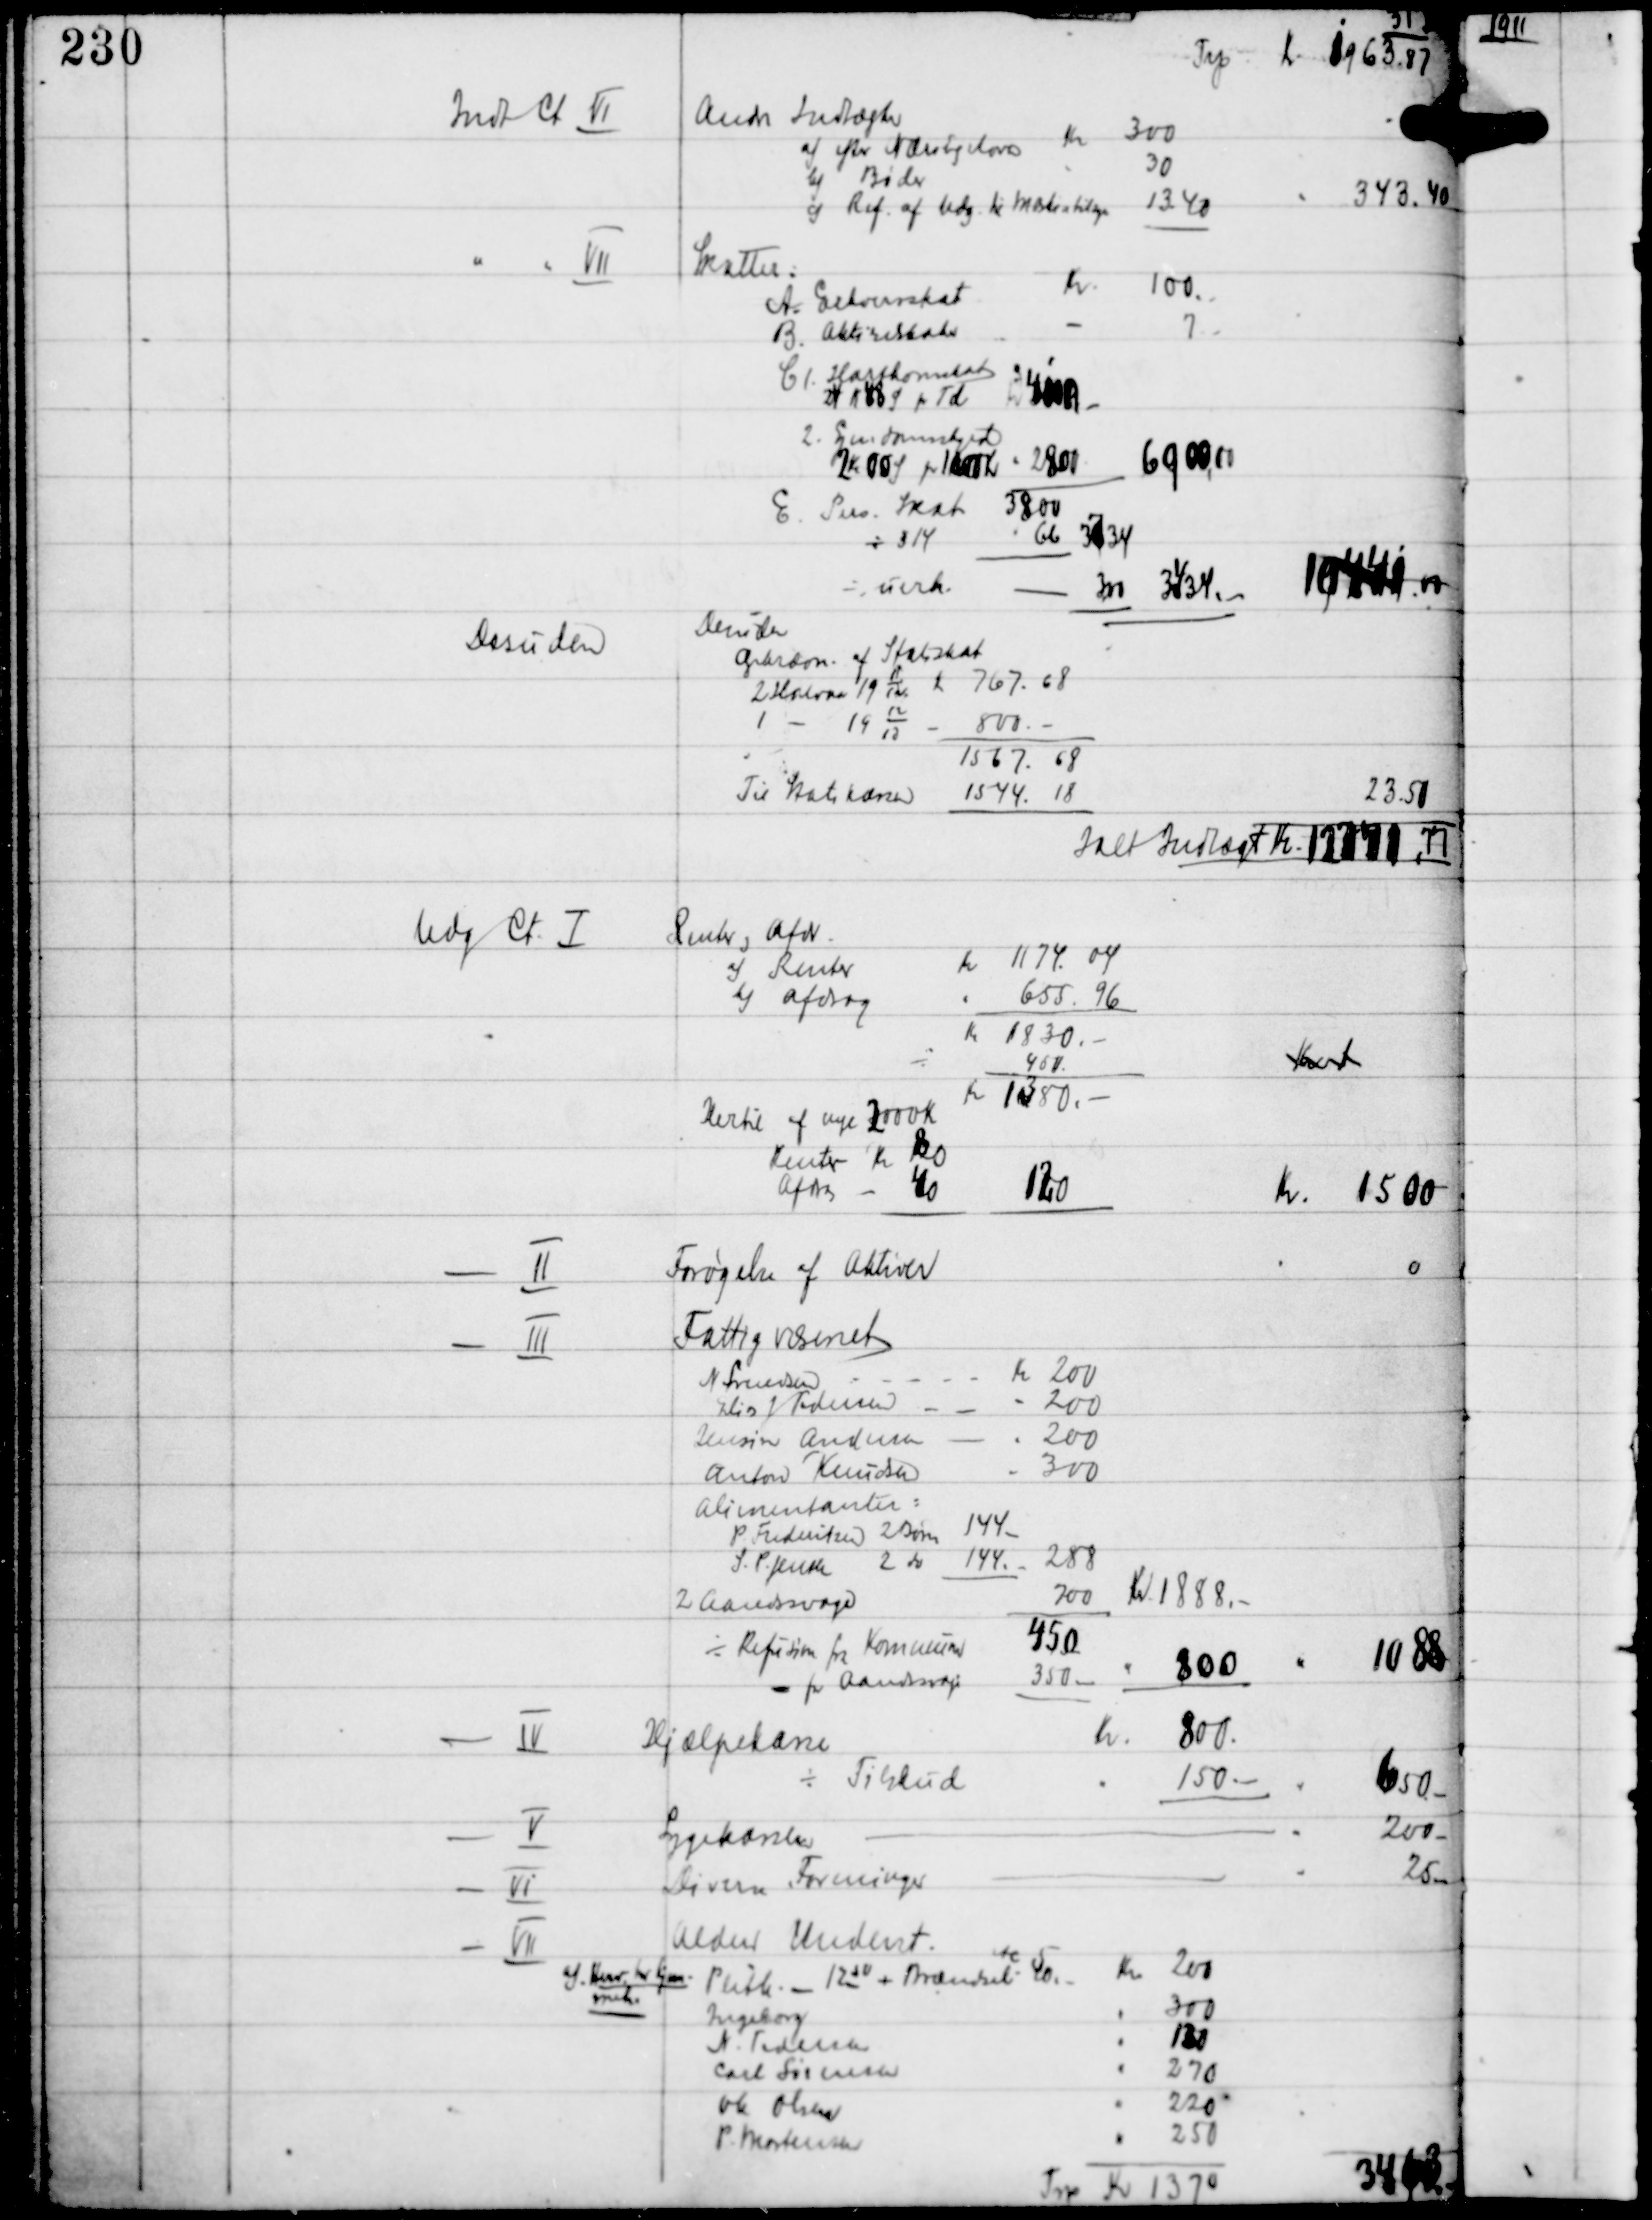
Transskription:
31 D

Trp Kr 1963.87